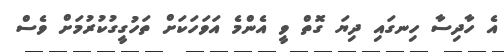
އެ ހާދިސާ ހިނގައި ދިޔަ ގޮތް ވީ އެންމެ އަވަހަކަށް ތަހުގީގުކުރުމަށް ވެސް